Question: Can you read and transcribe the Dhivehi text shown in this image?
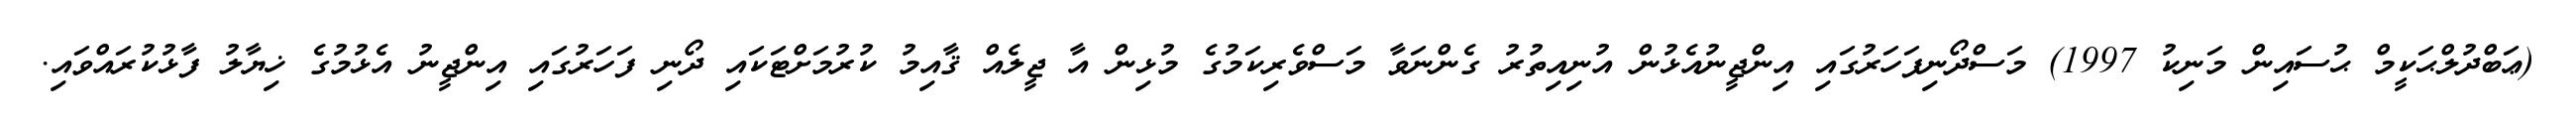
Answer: (ޢަބްދުލްޙަކީމް ޙުސައިން މަނިކު 1997) މަސްދޯނިފަހަރުގައި އިންޖީނުއެޅުން އުނިއިތުރު ގެންނަވާ މަސްވެރިކަމުގެ މުޅިން އާ ޖީލެއް ޤާއިމު ކުރުމަށްޓަކައި ދޯނި ފަހަރުގައި އިންޖީނު އެޅުމުގެ ޚިޔާލު ފާޅުކުރައްވައި.